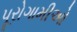
પૂરોગામીઓ